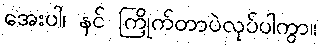
အေးပါ၊ နင် ကြိုက်တာပဲလုပ်ပါကွာ။